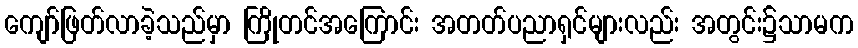
ကျော်ဖြတ်လာခဲ့သည်မှာ ကြိုတင်အကြောင်း အတတ်ပညာရှင်များလည်း အတွင်း၌သာမက